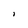
Character: J